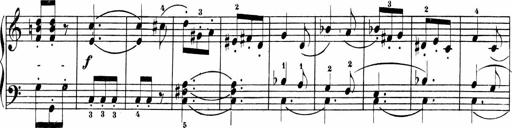
Title: Sonatinen Op.47, 98 und 136, nebst 6 Liedersonatinen
Composer: Carl Reinecke